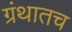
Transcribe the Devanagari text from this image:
ग्रंथातच